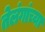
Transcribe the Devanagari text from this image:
तेलंगांच्या